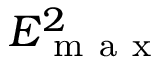
E _ { \mathrm { ~ m ~ a ~ x ~ } } ^ { 2 }